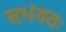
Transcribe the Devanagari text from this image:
सभंवतः